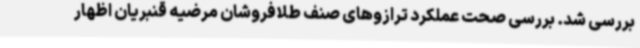
بررسی شد. بررسی صحت عملکرد ترازوهای صنف طلافروشان مرضیه قنبریان اظهار